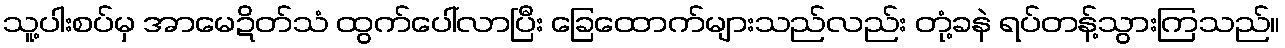
သူ့ပါးစပ်မှ အာမေဍိတ်သံ ထွက်ပေါ်လာပြီး ခြေထောက်များသည်လည်း တုံ့ခနဲ ရပ်တန့်သွားကြသည်။